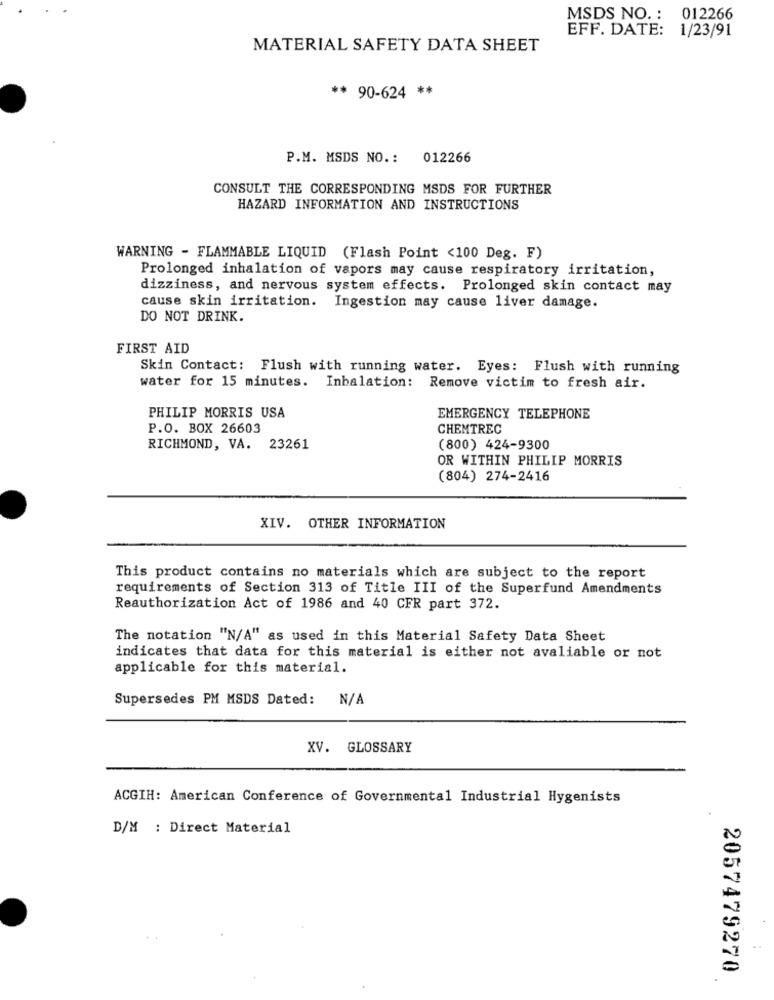
MSDS NO. : 012266
EFF. DATE: 1/23/91
MATERIAL SAFETY DATA SHEET
** 90-624 **
P.M. MSDS NO. :
012266
CONSULT THE CORRESPONDING MSDS FOR FURTHER
HAZARD INFORMATION AND INSTRUCTIONS
WARNING - FLAMMABLE LIQUID (Flash Point <100 Deg. F)
Prolonged inhalation of vapors may cause respiratory irritation,
dizziness, and nervous system effects. Prolonged skin contact may
cause skin irritation. Ingestion may cause liver damage.
DO NOT DRINK.
FIRST AID
Skin Contact: Flush with running water. Eyes: Flush with running
water for 15 minutes. Inbalation: Remove victim to fresh air.
PHILIP MORRIS USA
EMERGENCY TELEPHONE
P.O. BOX 26603
CHEMTREC
RICHMOND, VA. 23261
(800) 424-9300
OR WITHIN PHILIP MORRIS
(804) 274-2416
XIV. OTHER INFORMATION
This product contains no materials which are subject to the report
requirements of Section 313 of Title III of the Superfund Amendments
Reauthorization Act of 1986 and 40 CFR part 372.
The notation "N/A" as used in this Material Safety Data Sheet
indicates that data for this material is either not avaliable or not
applicable for this material.
Supersedes PM MSDS Dated: N/A
XV. GLOSSARY
ACGIH: American Conference of Governmental Industrial Hygenists
D/M : Direct Material
2057479270